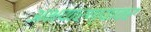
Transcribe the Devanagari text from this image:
अभयारण्यावर